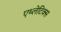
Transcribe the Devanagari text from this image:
एथ्लेटिक्स